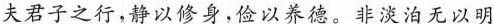
夫君子之行，静以修身，俭以养德。非淡泊无以明